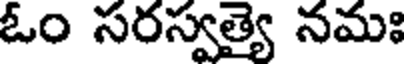
ఓం సరస్వత్యై నమః